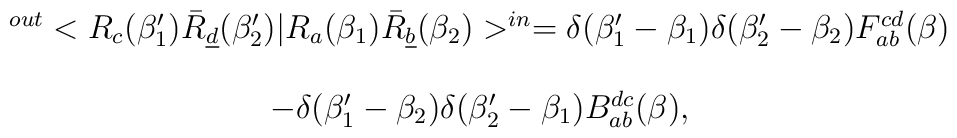
\begin{array}{c}^{out} <R_c (\beta_1') \bar R_{\underline d} ( \beta_2') | R_a(\beta_1) \bar R_{\underline b} ( \beta_2) >^{in} =  \delta (\beta_1' - \beta_1) \delta (\beta_2' - \beta_2) F_{ab}^{cd} (\beta) \\\\- \delta (\beta_1' - \beta_2) \delta (\beta_2' - \beta_1) B_{ab}^{dc} (\beta),\end{array}